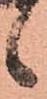
候